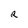
Character: R